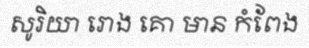
សូរិយា រោង គោ មាន កំពែង